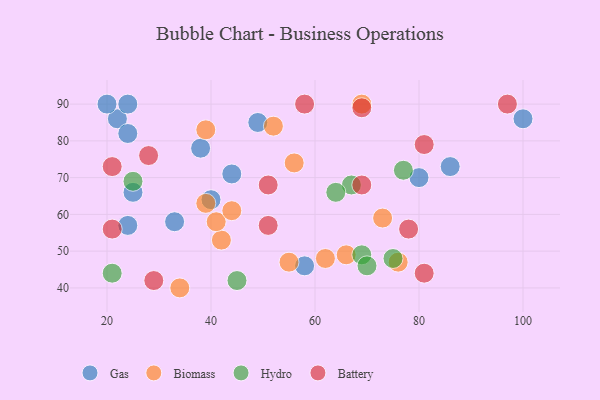
{"axis": {"x": "GDP", "y": "Life Expectancy"}, "legend": ["Battery", "Biomass", "Gas", "Hydro"], "data": [{"x": "22", "y": 86, "type": "Gas"}, {"x": "33", "y": 58, "type": "Gas"}, {"x": "40", "y": 64, "type": "Gas"}, {"x": "100", "y": 86, "type": "Gas"}, {"x": "25", "y": 66, "type": "Gas"}, {"x": "49", "y": 85, "type": "Gas"}, {"x": "38", "y": 78, "type": "Gas"}, {"x": "24", "y": 82, "type": "Gas"}, {"x": "20", "y": 90, "type": "Gas"}, {"x": "86", "y": 73, "type": "Gas"}, {"x": "58", "y": 46, "type": "Gas"}, {"x": "24", "y": 90, "type": "Gas"}, {"x": "44", "y": 71, "type": "Gas"}, {"x": "24", "y": 57, "type": "Gas"}, {"x": "80", "y": 70, "type": "Gas"}, {"x": "42", "y": 53, "type": "Biomass"}, {"x": "52", "y": 84, "type": "Biomass"}, {"x": "39", "y": 83, "type": "Biomass"}, {"x": "66", "y": 49, "type": "Biomass"}, {"x": "39", "y": 63, "type": "Biomass"}, {"x": "73", "y": 59, "type": "Biomass"}, {"x": "41", "y": 58, "type": "Biomass"}, {"x": "62", "y": 48, "type": "Biomass"}, {"x": "56", "y": 74, "type": "Biomass"}, {"x": "76", "y": 47, "type": "Biomass"}, {"x": "44", "y": 61, "type": "Biomass"}, {"x": "34", "y": 40, "type": "Biomass"}, {"x": "55", "y": 47, "type": "Biomass"}, {"x": "69", "y": 90, "type": "Biomass"}, {"x": "67", "y": 68, "type": "Hydro"}, {"x": "45", "y": 42, "type": "Hydro"}, {"x": "77", "y": 72, "type": "Hydro"}, {"x": "21", "y": 44, "type": "Hydro"}, {"x": "75", "y": 48, "type": "Hydro"}, {"x": "64", "y": 66, "type": "Hydro"}, {"x": "25", "y": 69, "type": "Hydro"}, {"x": "69", "y": 49, "type": "Hydro"}, {"x": "70", "y": 46, "type": "Hydro"}, {"x": "28", "y": 76, "type": "Battery"}, {"x": "81", "y": 79, "type": "Battery"}, {"x": "51", "y": 57, "type": "Battery"}, {"x": "21", "y": 56, "type": "Battery"}, {"x": "21", "y": 73, "type": "Battery"}, {"x": "58", "y": 90, "type": "Battery"}, {"x": "69", "y": 68, "type": "Battery"}, {"x": "78", "y": 56, "type": "Battery"}, {"x": "51", "y": 68, "type": "Battery"}, {"x": "69", "y": 89, "type": "Battery"}, {"x": "29", "y": 42, "type": "Battery"}, {"x": "97", "y": 90, "type": "Battery"}, {"x": "81", "y": 44, "type": "Battery"}]}